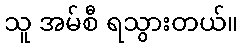
သူ အမ်စီ ရသွားတယ်။